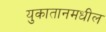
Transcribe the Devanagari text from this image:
युकातानमधील